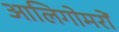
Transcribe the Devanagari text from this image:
आलिगोमरों